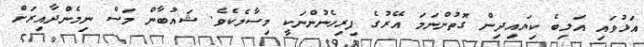
އަޅުވައި އަލިބެ ކިޔައިދިން ގޮތުންނަމަ އޭރުގެ ފިރިހެނުންނަކީ މިސާލެކެވެ. ޝައުބާން މަސް ނިމެންދާއިރަށް